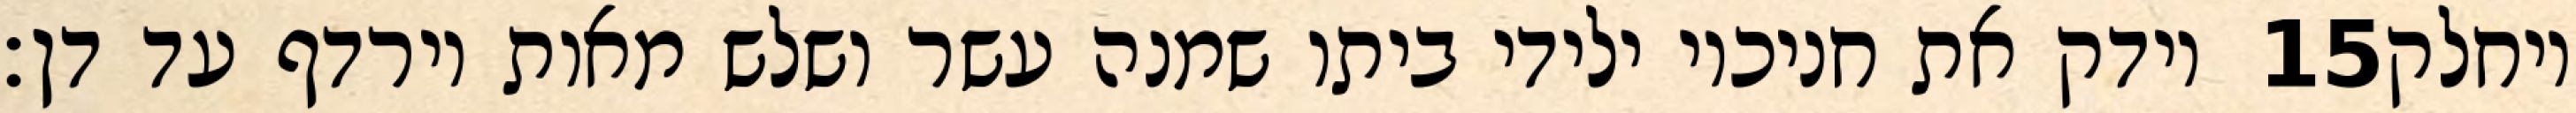
וידק את חניכיו ילידי ביתו שמנה עשר ושלש מאות וירדף עד דן׃ ‎15‏ ויחלק